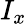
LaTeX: I_{x}